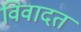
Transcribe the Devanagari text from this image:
विवादत